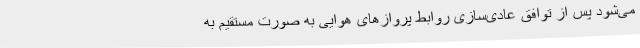
می‌شود پس از توافق عادی‌سازی روابط پروازهای هوایی به صورت مستقیم به